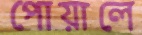
পোয়ালে